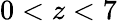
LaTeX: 0<z<7